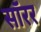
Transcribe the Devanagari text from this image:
सॉरर